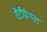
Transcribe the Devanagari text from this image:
ऐंटीफंगल